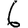
Digit: 6